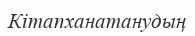
Кітапханатанудың